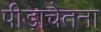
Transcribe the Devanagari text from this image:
पीड़ाचेतना